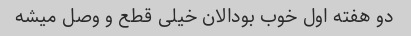
دو هفته اول خوب بودالان خیلی قطع و وصل میشه